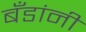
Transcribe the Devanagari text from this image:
बँडांनी